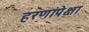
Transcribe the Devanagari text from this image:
हरणांपेक्षा